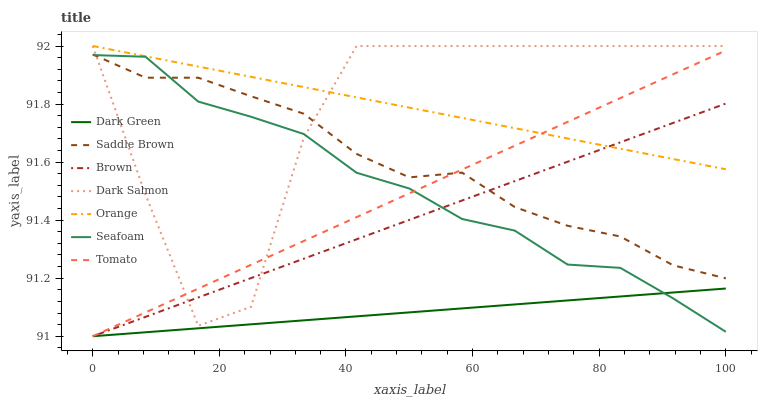
| xaxis_label | Dark Green | Saddle Brown | Brown | Dark Salmon | Orange | Seafoam | Tomato |
 | --- | --- | --- | --- | --- | --- | --- | --- |
 | 0 | 91 | 92 | 91 | 92 | 92 | 92 | 91 |
 | 8.33 | 91 | 91.9 | 91.1 | 91.5 | 92 | 92 | 91.1 |
 | 16.7 | 91 | 91.9 | 91.1 | 91 | 91.9 | 91.8 | 91.2 |
 | 25 | 91 | 91.8 | 91.2 | 91.1 | 91.9 | 91.8 | 91.2 |
 | 33.3 | 91.1 | 91.8 | 91.3 | 91.7 | 91.9 | 91.7 | 91.3 |
 | 41.7 | 91.1 | 91.6 | 91.3 | 92 | 91.8 | 91.6 | 91.4 |
 | 50 | 91.1 | 91.5 | 91.4 | 92 | 91.8 | 91.5 | 91.5 |
 | 58.3 | 91.1 | 91.6 | 91.5 | 92 | 91.8 | 91.4 | 91.6 |
 | 66.7 | 91.1 | 91.4 | 91.5 | 92 | 91.7 | 91.4 | 91.7 |
 | 75 | 91.1 | 91.4 | 91.6 | 92 | 91.7 | 91.2 | 91.7 |
 | 83.3 | 91.1 | 91.3 | 91.7 | 92 | 91.6 | 91.2 | 91.8 |
 | 91.7 | 91.2 | 91.2 | 91.7 | 92 | 91.6 | 91.1 | 91.9 |
 | 100 | 91.2 | 91.2 | 91.8 | 92 | 91.6 | 91 | 92 |